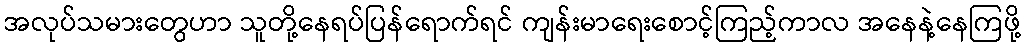
အလုပ်သမားတွေဟာ သူတို့နေရပ်ပြန်ရောက်ရင် ကျန်းမာရေးစောင့်ကြည့်ကာလ အနေနဲ့နေကြဖို့